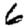
Digit: 6